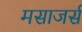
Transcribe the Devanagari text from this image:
मसाजर्स